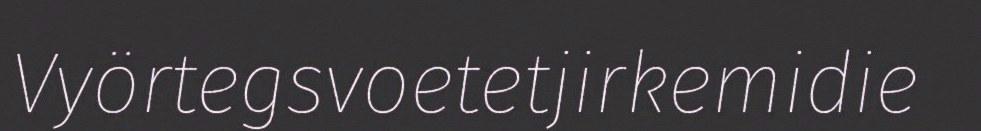
Vyörtegsvoetetjirkemidie